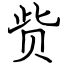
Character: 赀